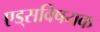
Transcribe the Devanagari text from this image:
एड्‌सविषयक